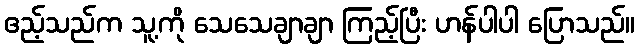
ဧည့်သည်က သူ့ကို သေသေချာချာ ကြည့်ပြီး ဟန်ပါပါ ပြောသည်။